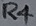
Text: R4